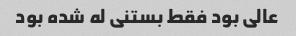
عالی بود فقط بستنی له شده بود